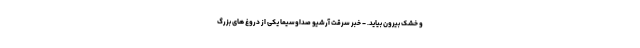
و خشک بیرون بیاید. - خبر سرقت آرشیو صداوسیما یکی از دروغ های بزرگ